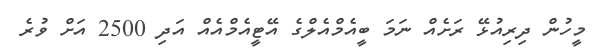
މީހުން ދިރިއުޅޭ ރަށެއް ނަމަ ބީއެމްއެލްގެ އޭޓީއެމްއެއް އަދި 2500 އަށް ވުރެ